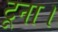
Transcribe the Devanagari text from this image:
टूना।